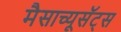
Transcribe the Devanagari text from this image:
मैसाच्यूसॅट्स